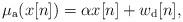
LaTeX: \begin{align*}\mu_{\rm a}(x[n])= \alpha x[n] + w_{\rm d}[n],\end{align*}